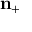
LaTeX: \mathbf { n } _ { + }